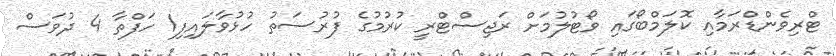
ޓްރިވެންޑްރަމާއި ކޮލަމްބޯގައި ވޯޓުލުމަށް ރަޖިސްޓްރީ ކުރުމުގެ ފުރުސަތު ހުޅުވާލައިފި1 ހަފްތާ 4 ދުވަސް